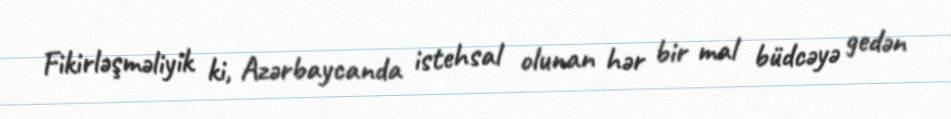
Fikirləşməliyik ki, Azərbaycanda istehsal olunan hər bir mal büdcəyə gedən